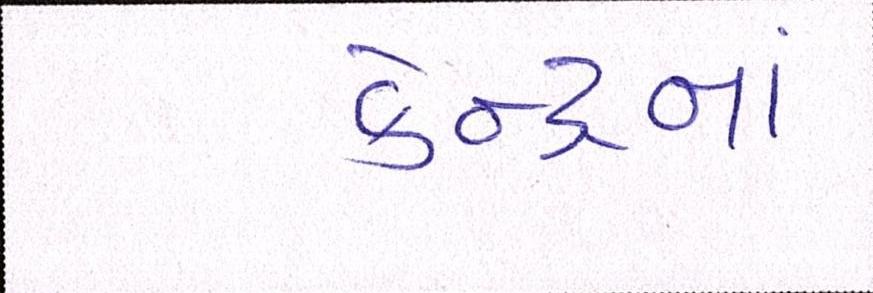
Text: કેન્દ્રનાં